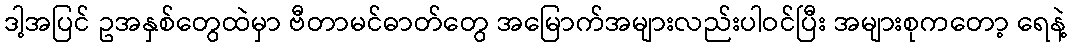
ဒါ့အပြင် ဥအနှစ်တွေထဲမှာ ဗီတာမင်ဓာတ်တွေ အမြောက်အများလည်းပါဝင်ပြီး အများစုကတော့ ရေနဲ့